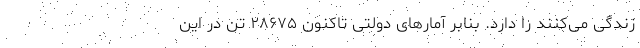
زندگی می‌کنند را دارد. بنابر آمارهای دولتی تاکنون ۲۸۶۷۵ تن در این